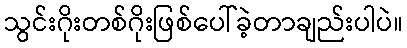
သွင်းဂိုးတစ်ဂိုးဖြစ်ပေါ်ခဲ့တာချည်းပါပဲ။